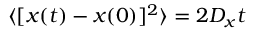
\langle [ x ( t ) - x ( 0 ) ] ^ { 2 } \rangle = 2 D _ { x } t